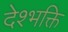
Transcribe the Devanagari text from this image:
देश्भक्ति